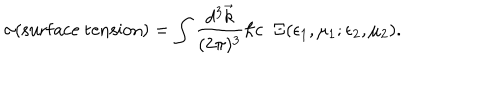
\sigma ( \mathrm { s u r f a c e ~ t e n s i o n } ) = \int { \frac { d ^ { 3 } \vec { k } } { ( 2 \pi ) ^ { 3 } } } \hbar c \; \; \Xi ( \epsilon _ { 1 } , \mu _ { 1 } ; \epsilon _ { 2 } , \mu _ { 2 } ) .